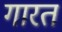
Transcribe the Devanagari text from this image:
गारत